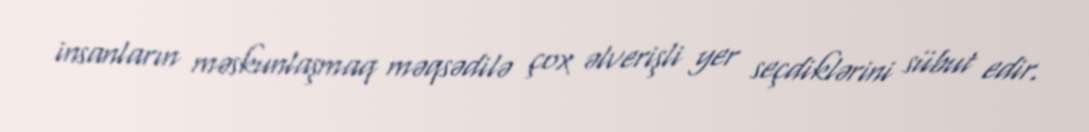
insanların məskunlaşmaq məqsədilə çox əlverişli yer seçdiklərini sübut edir.